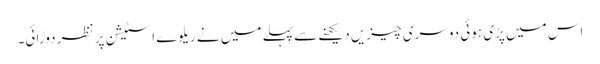
اس میں پڑی ہوئی دوسری چیزیں دیکھنے سے پہلے میں نے ریلوے اسٹیشن پر نظر دوڑائی۔